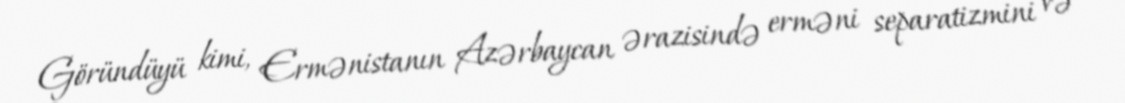
Göründüyü kimi, Ermənistanın Azərbaycan ərazisində erməni separatizmini və